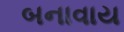
બનાવાય